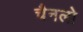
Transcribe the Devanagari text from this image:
चैनलो